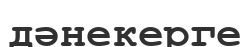
дәнекерге